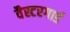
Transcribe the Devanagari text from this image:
वैस्टरगार्ड